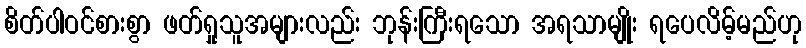
စိတ်ပါဝင်စားစွာ ဖတ်ရှုသူအများလည်း ဘုန်းကြီးရသော အရသာမျိုး ရပေလိမ့်မည်ဟု